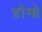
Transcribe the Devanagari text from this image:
होम्ब्रे